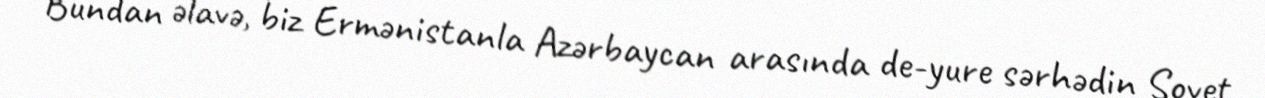
Bundan əlavə, biz Ermənistanla Azərbaycan arasında de-yure sərhədin Sovet